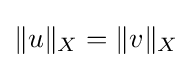
\|u\|_{X}=\|v\|_{X}